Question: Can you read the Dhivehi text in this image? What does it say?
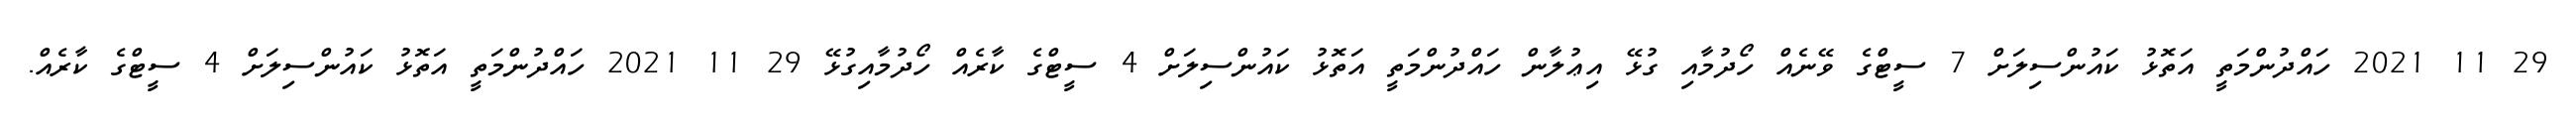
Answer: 29 11 2021 ހައްދުންމަތީ އަތޮޅު ކައުންސިލަށް 7 ސީޓްގެ ވޭނެއް ހޯދުމާއި ގުޅޭ އިޢުލާން ހައްދުންމަތީ އަތޮޅު ކައުންސިލަށް 4 ސީޓްގެ ކާރެއް ހޯދުމާއިގުޅޭ 29 11 2021 ހައްދުންމަތީ އަތޮޅު ކައުންސިލަށް 4 ސީޓްގެ ކާރެއް.